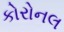
કોરોનલ